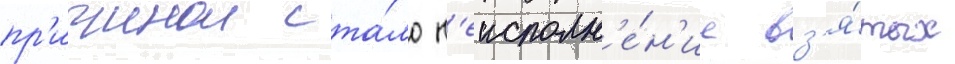
пр'ичинои ста́ло н'еисполн'е́н'ие вз'я́тых